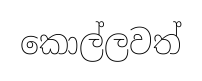
කොල්ලවත්